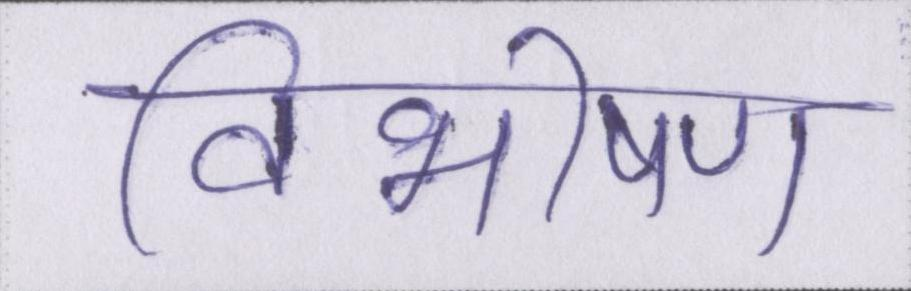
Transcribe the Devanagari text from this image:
विभीषण